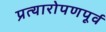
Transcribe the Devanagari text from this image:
प्रत्यारोपणपूर्व